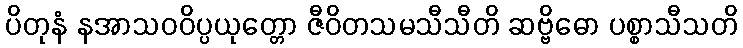
ပိတုနံ နအာသဝဝိပ္ပယုတ္တော ဇီဝိတသမသီသီတိ ဆဗ္ဗိဓော ပစ္စာသီသတိ